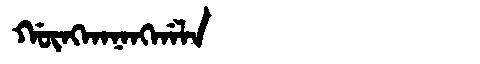
Manchu: ᡤᡡᠩᡴᠠᠨᠠᠩᡤᠠᠯᠠ
Romanization: GŪNGKANANGGALA